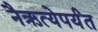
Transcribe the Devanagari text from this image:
नैऋत्येपर्यंत